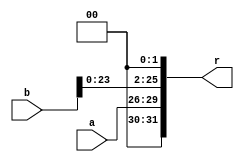
`timescale 1ns / 1ps


module II(
    input [3:0] a,
    input [25:0] b,
    output [31:0] r
    );
    assign r = {a, b<<2};
endmodule